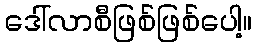
ဒေါ်လာစီဖြစ်ဖြစ်ပေါ့။